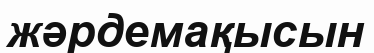
жәрдемақысын